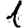
Digit: 1